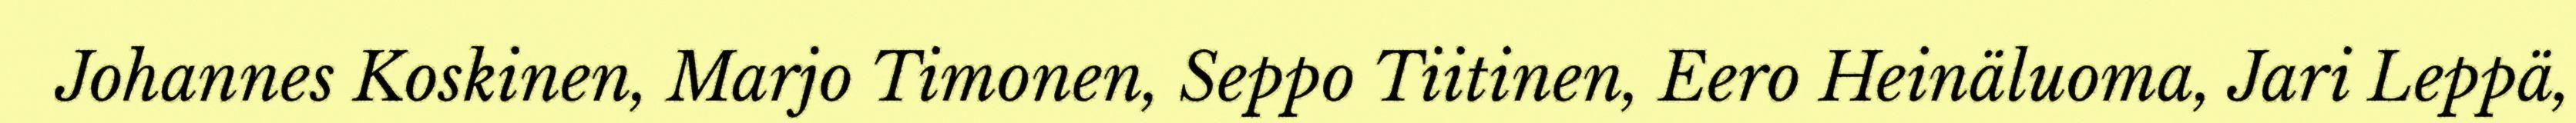
Johannes Koskinen, Marjo Timonen, Seppo Tiitinen, Eero Heinäluoma, Jari Leppä,